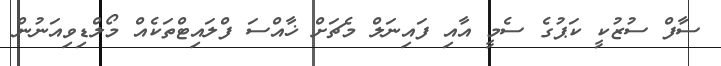
ސާފް ސުޒުކީ ކަޕުގެ ސެމީ އާއި ފައިނަލް މެޗަށް ޚާއްސަ ފްލައިޓްތަކެއް މޯލްޑިވިއަނުން